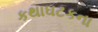
કથાઘટકના